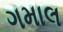
ગમાલ